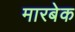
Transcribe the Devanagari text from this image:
मारबेक